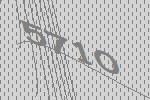
5710